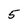
Character: 5